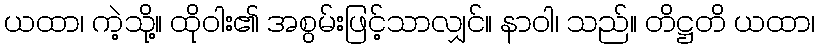
ယထာ၊ ကဲ့သို့။ ထိုဝါး၏ အစွမ်းဖြင့်သာလျှင်။ နာဝါ၊ သည်။ တိဋ္ဌတိ ယထာ၊